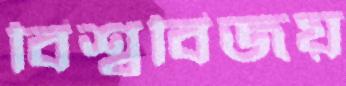
বিশ্ববিজয়